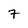
Character: 7